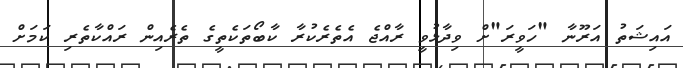
އައިޝަތު އަރޫނާ "ހަވީރަ"ށް ވިދާޅުވީ ރާއްޖެ އެތެރެކުރާ ކާބޯތަކެތީގެ ތެރެއިން ރައްކާތެރި ކަމަށް